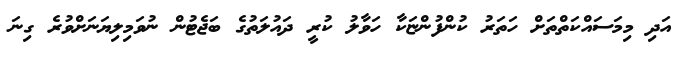
އަދި މިމަސައްކަތްތަށް ހަތަރު ކުންފުންޏަކާ ހަވާލު ކުރީ ދައުލަތުގެ ބަޖެޓުން ނުވަމިލިޔަނަށްވުރެ ގިނަ